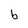
Character: b